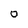
Character: 0